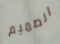
الصميم